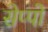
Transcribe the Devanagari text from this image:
सेप्पो